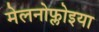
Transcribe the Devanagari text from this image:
मेलनोफ्लोइया